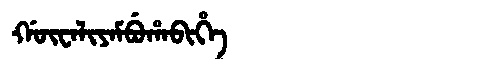
Manchu: ᡤᡡᠸᠠᠯᡳᠶᠠᠮᠪᡠᡥᠠᠪᡳᡥᡝ
Romanization: GŪWALIYAMBUHABIHE